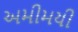
અમીમયી